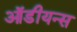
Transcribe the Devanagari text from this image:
ऑडीयन्स